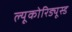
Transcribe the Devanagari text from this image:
ल्यूकोरिड्यूस्ड